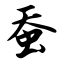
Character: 蚕